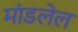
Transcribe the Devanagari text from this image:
मांडलेल